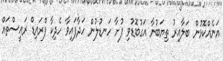
އަނެއްކޮޅުން ބަލާއިރު ތިޔަބުނާ އަގުބޮޑުވި ފުށާ ހަނޑުލުން ހަދާފައިވާ ހެދިކާ ފްރައިޑް ރައީސްތައް